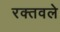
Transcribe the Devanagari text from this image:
रक्तवले